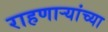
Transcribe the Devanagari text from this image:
राहणार्‍यांच्या